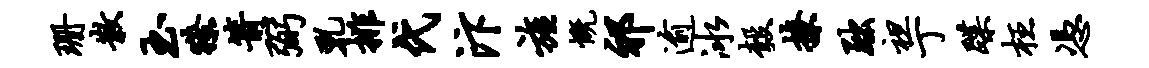
珊散玉獠箭弼乳排代汴旌慨祁逾冰彀撩黜袒丁蹀枉凭